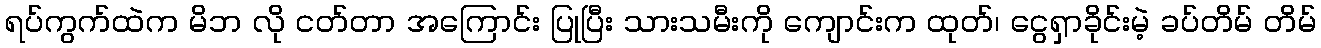
ရပ်ကွက်ထဲက မိဘ လို ငတ်တာ အကြောင်း ပြုပြီး သားသမီးကို ကျောင်းက ထုတ်၊ ငွေရှာခိုင်းမဲ့ ခပ်တိမ် တိမ်